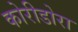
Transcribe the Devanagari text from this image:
कोरीडोरा